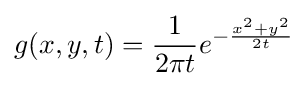
g(x,y,t)={\frac {1}{2\pi t}}e^{-{\frac {x^{2}+y^{2}}{2t}}}